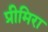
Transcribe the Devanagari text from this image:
प्रीमिरा